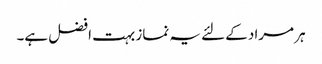
ہر مراد کے لئے یہ نماز بہت افضل ہے۔